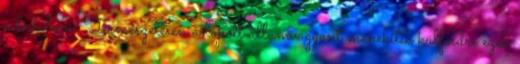
a hatalom. Természetesen a lopott államvagyont menekítik külföldre ezek